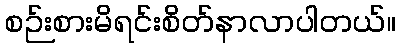
စဉ်းစားမိရင်းစိတ်နာလာပါတယ်။